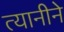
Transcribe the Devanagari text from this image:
त्यानीने